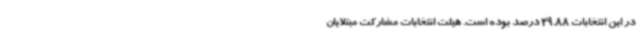
در این انتخابات 29.88 درصد بوده است. هیئت انتخابات مشارکت مبتلایان